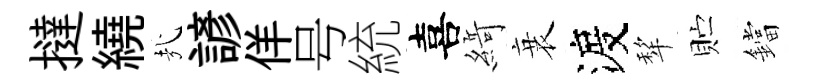
撻繞㢤諺佯号統喜𦂶衰渡犂贮鐺